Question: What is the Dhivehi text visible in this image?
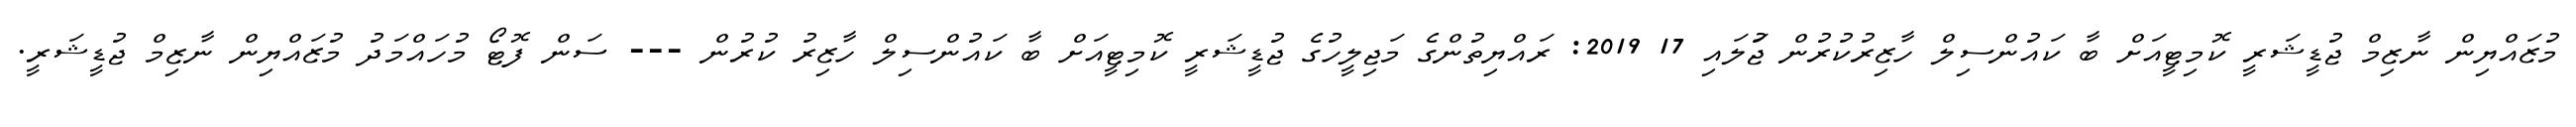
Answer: މުޒައްޔިން ނާޒިމް ޖުޑީޝަރީ ކޮމިޓީއަށް ބާ ކައުންސިލް ހާޒިރުކުރުން ޖުަލައި 17 2019: ރައްޔިތުންގެ މަޖިލީހުގެ ޖުޑީޝަރީ ކޮމިޓީއަށް ބާ ކައުންސިލް ހާޒިރު ކުރުން --- ސަން ފޮޓޯ މުހައްމަދު މުޒައްޔިން ނާޒިމް ޖުޑީޝަރީ.